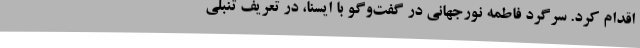
اقدام کرد. سرگرد فاطمه نورجهانی در گفت‌وگو با ایسنا، در تعریف تنبلی